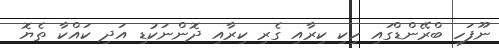
ނޫފަހި ބްރޭންޑްގައި ހިކި ކިރާއި ގެރި ކިރާއި ދޮންނަކުޑި އަދި ކައްކާ ތެޔޮ